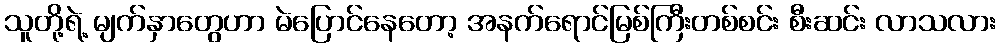
သူတို့ရဲ့ မျက်နှာတွေဟာ မဲပြောင်နေတော့ အနက်ရောင်မြစ်ကြီးတစ်စင်း စီးဆင်း လာသလား